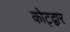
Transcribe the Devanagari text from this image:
कोट्द्वार